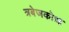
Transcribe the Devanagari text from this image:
त्रबेजकोआ